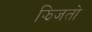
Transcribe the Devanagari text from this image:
झिजतो